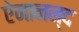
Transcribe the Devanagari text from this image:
ऐनानन्द